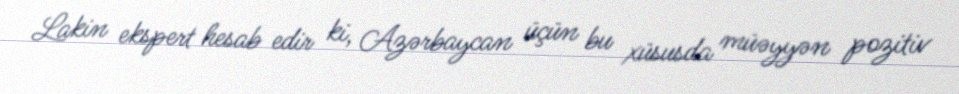
Lakin ekspert hesab edir ki, Azərbaycan üçün bu xüsusda müəyyən pozitiv